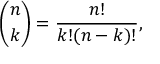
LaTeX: { \binom { n } { k } } = { \frac { n ! } { k ! ( n - k ) ! } } ,